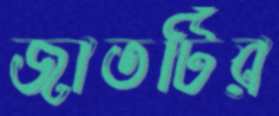
জাতটির